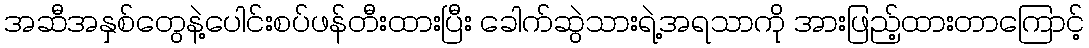
အဆီအနှစ်တွေနဲ့ပေါင်းစပ်ဖန်တီးထားပြီး ခေါက်ဆွဲသားရဲ့အရသာကို အားဖြည့်ထားတာကြောင့်